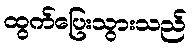
ထွက်ပြေးသွားသည်